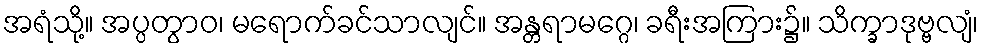
အရံသို့။ အပ္ပတွာဝ၊ မရောက်ခင်သာလျင်။ အန္တရာမဂ္ဂေ၊ ခရီးအကြား၌။ သိက္ခာဒုဗ္ဗလျံ၊